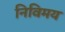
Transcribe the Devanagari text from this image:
निविमय